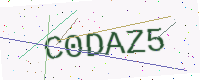
Text: C0DAZ5